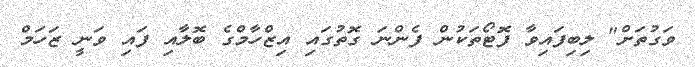
ވަގުތަށް" ލިބިފައިވާ ފޮޓޯތަކުން ފެންނަ ގޮތުގައި އިޒްހާމްގެ ބޮލާއި ފައި ވަނީ ޒަހަމް